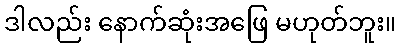
ဒါလည်း နောက်ဆုံးအဖြေ မဟုတ်ဘူး။